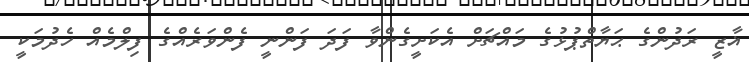
ޣާޒީ ރަދުންގެ ޙަޔާތްޕުޅުގެ މައްޗަށް އެކަށީގެންވާ ފަދަ ފަންނީ ފެންވަރެއްގެ ފިލްމެއް ހެދުމަކީ